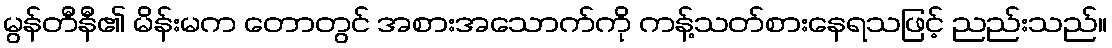
မွန်တီနီ၏ မိန်းမက တောတွင် အစားအသောက်ကို ကန့်သတ်စားနေရသဖြင့် ညည်းသည်။